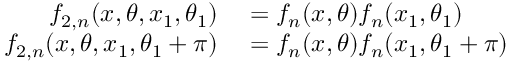
\begin{array} { r l } { f _ { 2 , n } ( x , \theta , x _ { 1 } , \theta _ { 1 } ) } & { { } { } = { } f _ { n } ( x , \theta ) f _ { n } ( x _ { 1 } , \theta _ { 1 } ) } \\ { f _ { 2 , n } ( x , \theta , x _ { 1 } , \theta _ { 1 } + \pi ) } & { { } { } = { } f _ { n } ( x , \theta ) f _ { n } ( x _ { 1 } , \theta _ { 1 } + \pi ) } \end{array}